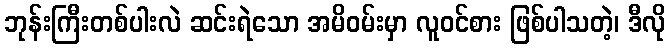
ဘုန်းကြီးတစ်ပါးလဲ ဆင်းရဲသော အမိဝမ်းမှာ လူဝင်စား ဖြစ်ပါသတဲ့၊ ဒီလို